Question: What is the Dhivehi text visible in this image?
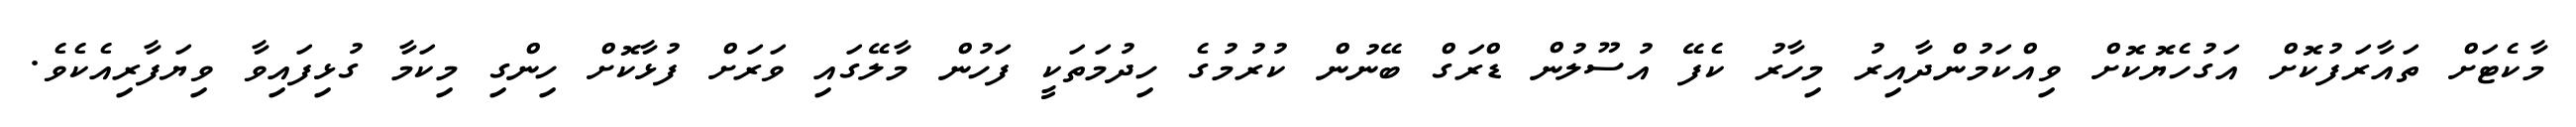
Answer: މާކެޓަށް ތައާރަފުކޮށް އަގުހެޔޮކޮށް ވިއްކަމުންދާއިރު މިހާރު ކެފޭ އުސޫލުން ޑްރަގް ބޭނުން ކުރުމުގެ ހިދުމަތަކީ ފަހުން މާލޭގައި ވަރަށް ފުޅާކޮށް ހިންގި މިކަމާ ގުޅިފައިވާ ވިޔަފާރިއެކެވެ.